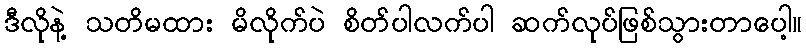
ဒီလိုနဲ့ သတိမထား မိလိုက်ပဲ စိတ်ပါလက်ပါ ဆက်လုပ်ဖြစ်သွားတာပေါ့။